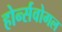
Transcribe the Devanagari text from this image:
होर्न्सवोगल